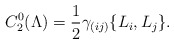
\begin{align*}C_2^{0}(\Lambda) =\frac{1}{2}\gamma_{(ij)}\{L_i,L_j\}.\end{align*}